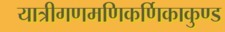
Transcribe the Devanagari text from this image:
यात्रीगणमणिकर्णिकाकुण्ड